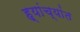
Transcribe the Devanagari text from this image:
ह्यांच्यांत